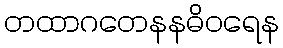
တထာဂတေနနဓိဝရေန